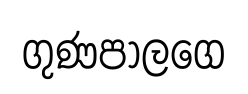
ගුණපාලගෙ